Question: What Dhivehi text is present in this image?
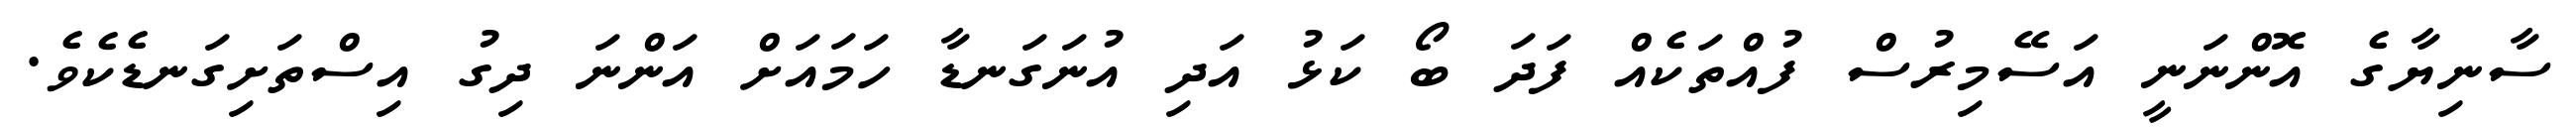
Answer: ސާނިޔާގެ އޮންނަނީ އަސޭމިރުސް ފުއްތަކެއް ފަދަ ބޯ ކަޅު އަދި އުނަގަނޑާ ހަމައަށް އަންނަ ދިގު އިސްތަށިގަނޑެކެވެ.